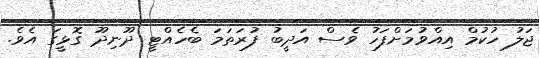
ޖަލު ހުކުމް އިއްވުމަށްފަހު ވެސް އަދީބު ފުރަތަމަ ބެހެއްޓީ ދޫނިދޫ ގޮޅީގަ އެވެ.